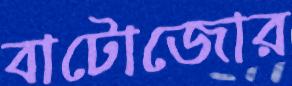
বাটোজোর